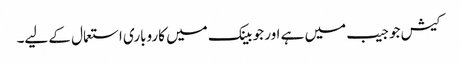
کیش جو جیب میں ہے اور جو بینک میں کاروباری استعمال کے لیے۔